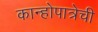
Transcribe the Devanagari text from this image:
कान्होपात्रेची